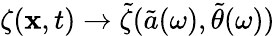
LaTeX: \zeta(\mathbf{x},t)\to\tilde{\zeta}(\tilde{a}(\omega),\tilde{\theta}(\omega))